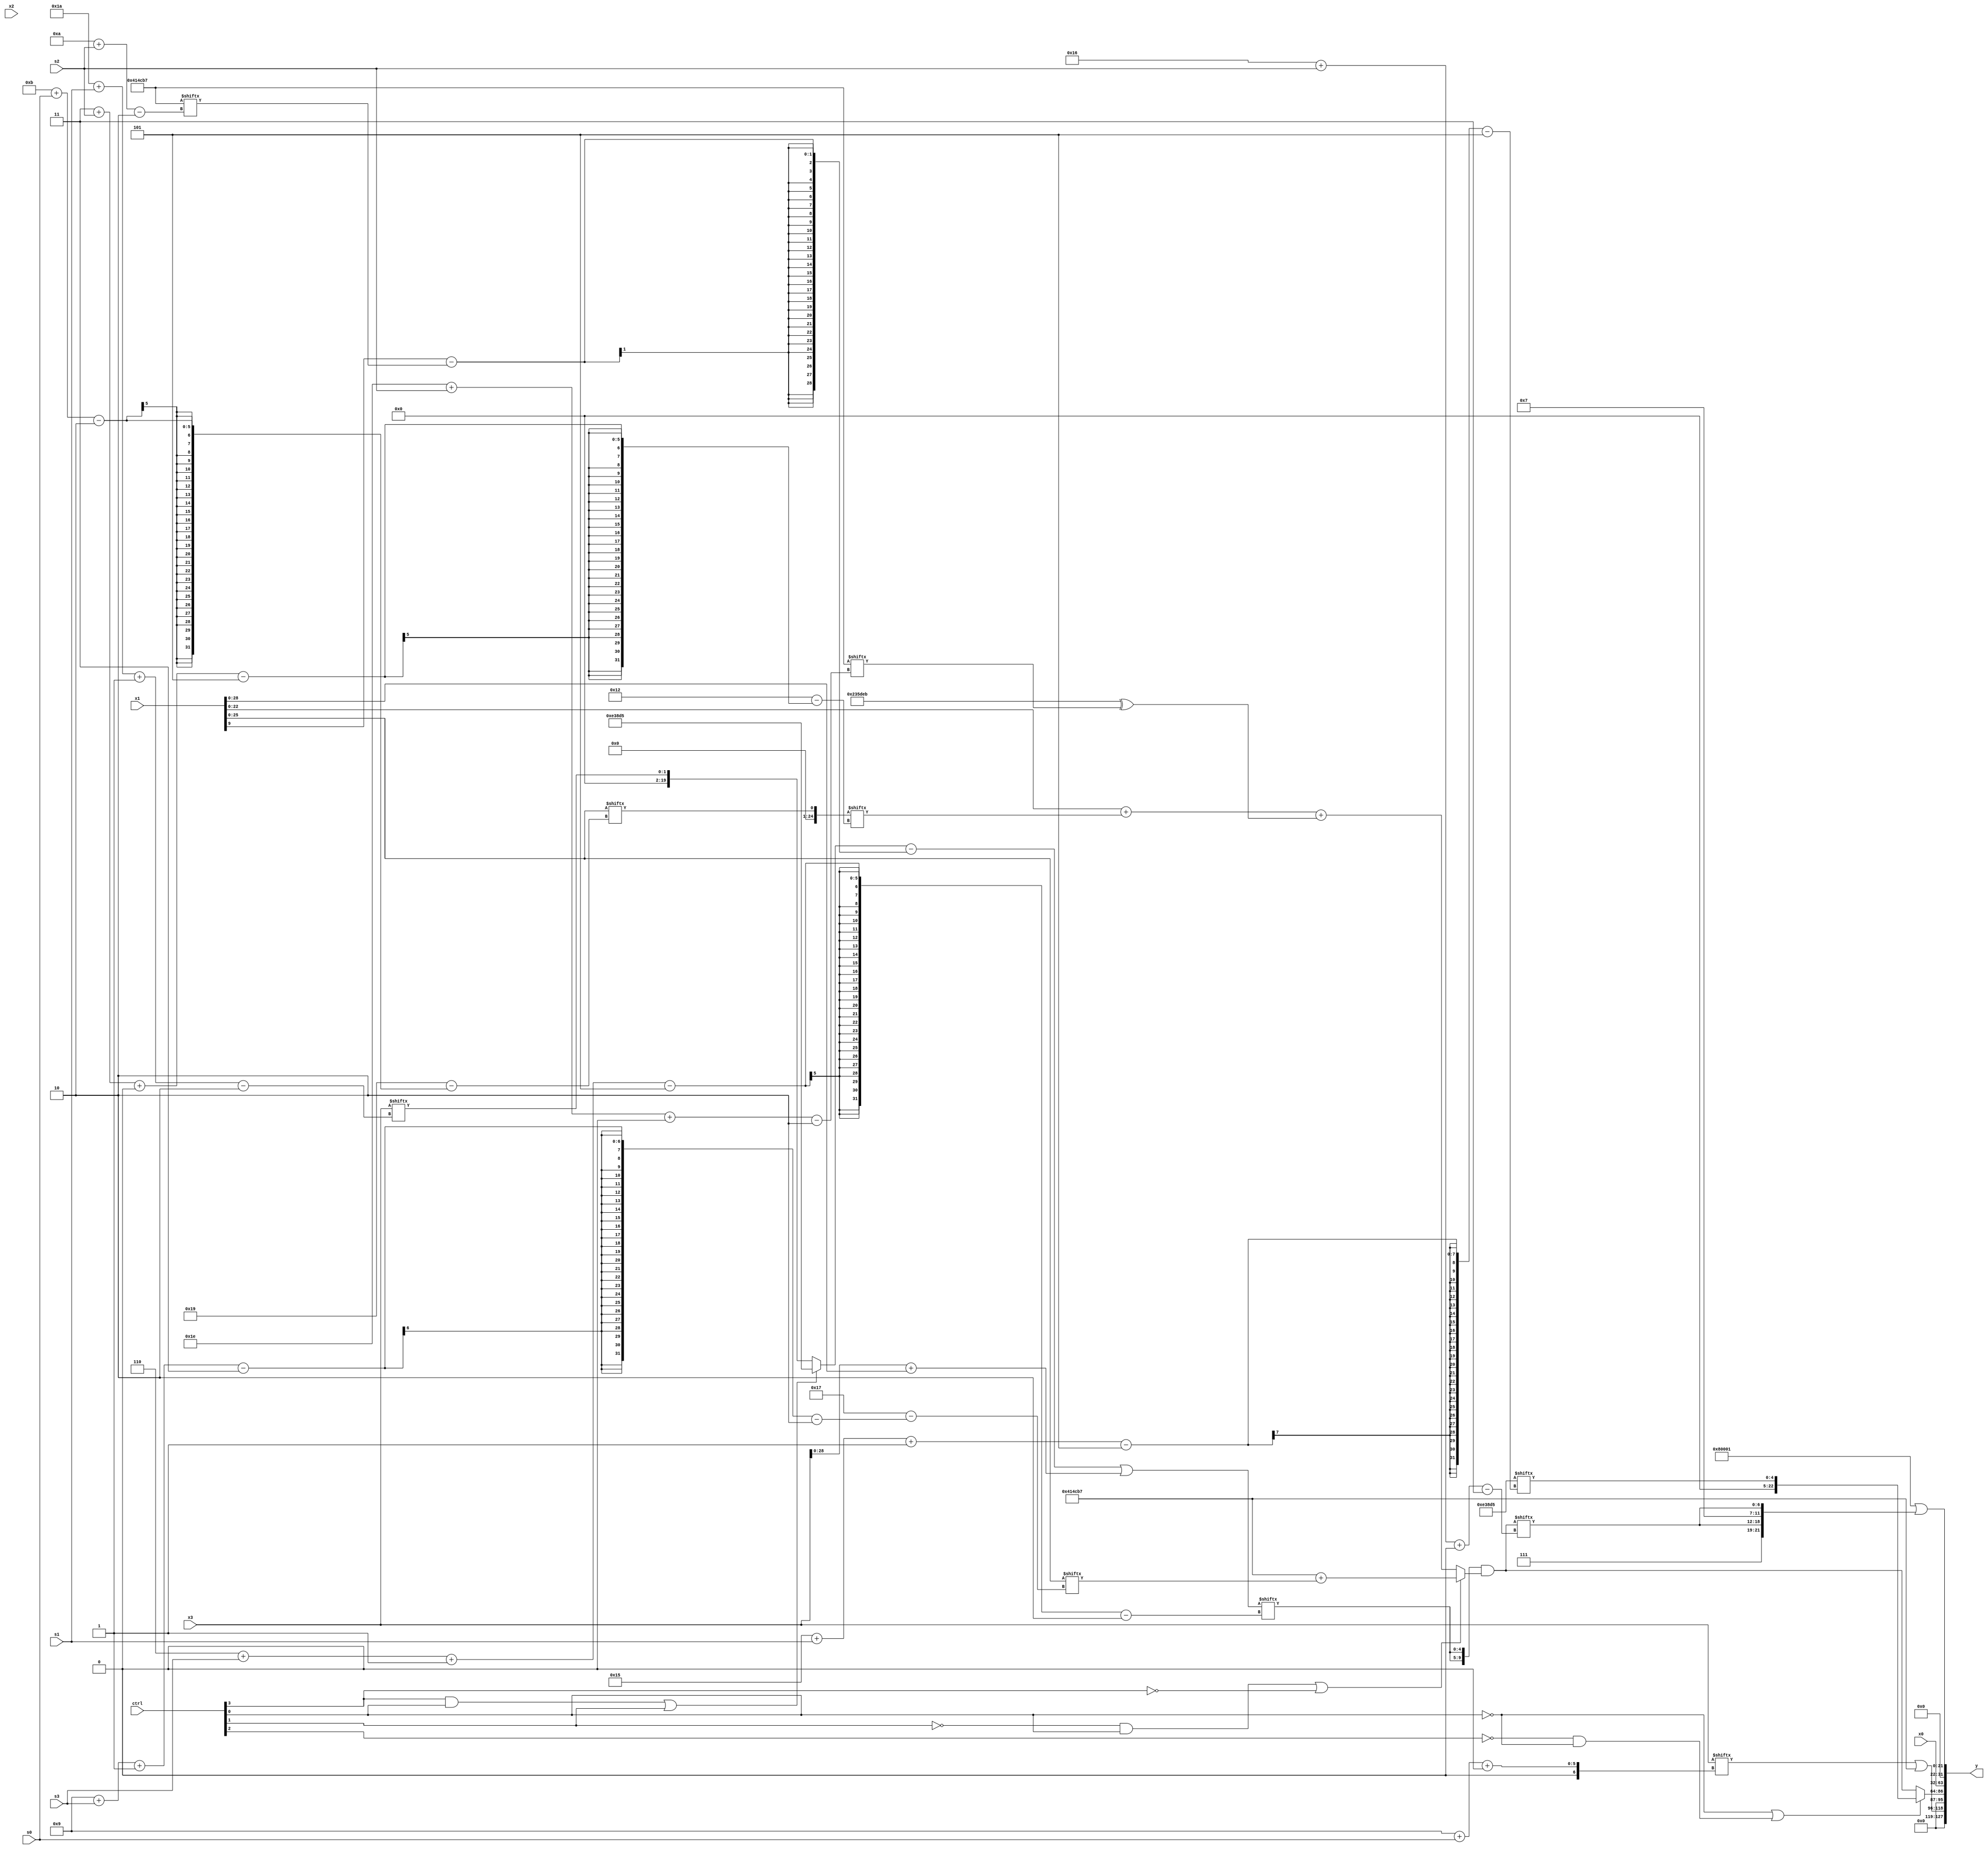
module partsel_00661(ctrl, s0, s1, s2, s3, x0, x1, x2, x3, y);
  input [3:0] ctrl;
  input [2:0] s0;
  input [2:0] s1;
  input [2:0] s2;
  input [2:0] s3;
  input [31:0] x0;
  input signed [31:0] x1;
  input signed [31:0] x2;
  input signed [31:0] x3;
  wire [2:27] x4;
  wire [24:6] x5;
  wire [30:2] x6;
  wire [29:2] x7;
  wire [25:2] x8;
  wire signed [5:31] x9;
  wire [25:0] x10;
  wire [5:29] x11;
  wire [26:1] x12;
  wire [1:28] x13;
  wire [28:5] x14;
  wire [25:3] x15;
  output [127:0] y;
  wire signed [31:0] y0;
  wire [31:0] y1;
  wire [31:0] y2;
  wire signed [31:0] y3;
  assign y = {y0,y1,y2,y3};
  localparam signed [6:28] p0 = 203644395;
  localparam signed [25:2] p1 = 88165559;
  localparam signed [26:5] p2 = 873347285;
  localparam [4:26] p3 = 858513981;
  assign x4 = x1;
  assign x5 = p0[20 -: 2];
  assign x6 = {2{((ctrl[2] && !ctrl[2] && !ctrl[0] ? (p1[12 + s0 -: 4] + x0[10]) : ((ctrl[3] && ctrl[0] || ctrl[1] ? p2 : x3[26 + s1 -: 2]) - (x1[9] - p1[10 + s2]))) | {2{(x3 + x1)}})}};
  assign x7 = x3[28 + s0 -: 3];
  assign x8 = x0[0 + s1 +: 8];
  assign x9 = x8[5 + s2];
  assign x10 = (x5[14] & x9[16 +: 4]);
  assign x11 = x4[11 + s0];
  assign x12 = {2{(((ctrl[3] && !ctrl[1] || ctrl[1] ? (x4[22 -: 3] ^ (x10[25 + s0 -: 3] + p0[16 + s2])) : (ctrl[3] && !ctrl[2] || !ctrl[2] ? p2 : (x11 & x10[14 + s1]))) - p2[17 -: 3]) ^ (x5[18 + s1 +: 1] ^ p1))}};
  assign x13 = {2{p0[27 + s3 +: 5]}};
  assign x14 = p1;
  assign x15 = ({2{x6[6 + s3 -: 5]}} & (!ctrl[1] && ctrl[0] || !ctrl[3] ? {2{(p1 + x4[9 + s3 -: 3])}} : ({2{{(x14 + x3[16 -: 4]), (x1 + x11[3 + s2 +: 7])}}} + (p0 ^ p1[30 + s2 +: 3]))));
  assign y0 = (x3[9 + s0 +: 4] | p1);
  assign y1 = (!ctrl[0] || !ctrl[2] && !ctrl[0] ? p2[21 + s1 -: 5] : x15);
  assign y2 = {(x9 | x0[9 +: 3]), x0};
  assign y3 = {2{({2{x5}} | {2{{{x5[17 -: 2], p3[11 +: 3]}, x15[22 + s2 +: 7]}}})}};
endmodule